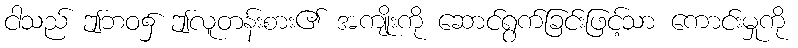
ငါသည် ဤဘဝ၌ ဤလူတန်းစား၏ အကျိုးကို ဆောင်ရွက်ခြင်းဖြင့်သာ ကောင်းမှုကို